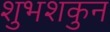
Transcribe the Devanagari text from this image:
शुभशकुन